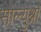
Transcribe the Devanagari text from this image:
सोल्युश्नो